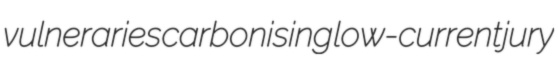
vulneraries carbonising low-current jury